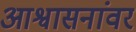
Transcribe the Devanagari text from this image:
आश्वासनांवर